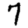
Digit: 7